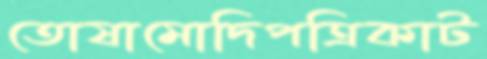
তোষামোদিপত্রিকাট